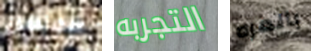
هوبس التجربه بالمره